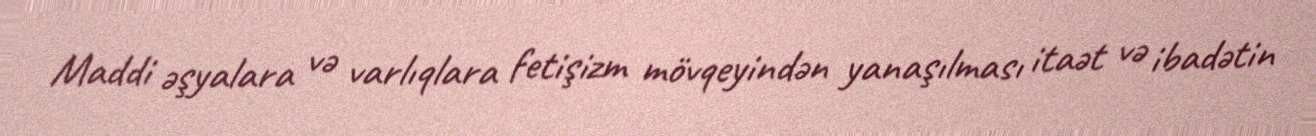
Maddi əşyalara və varlıqlara fetişizm mövqeyindən yanaşılması itaət və ibadətin